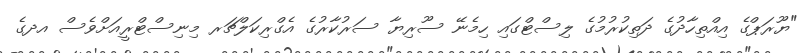
"ޔޫރަޕްގެ އިއްތިހާދުގެ ދަތިކުރުމުގެ ލިސްޓްގައި ހިމެނޭ ސޫރިޔާ ސަރުކާރުގެ އެގްރިކަލްޗަރ މިނިސްޓްރީއަށްވެސް އދގެ